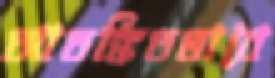
আতঙ্কিতভাবে